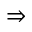
\Rightarrow